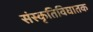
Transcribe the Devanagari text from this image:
संस्कृतिविघातक